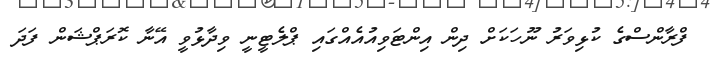
ފްރާންސްގެ ކުޅިވަރު ނޫހަކަށް ދިން އިންޓަވިއުއެއްގައި ޕްލެޓީނީ ވިދާޅުވީ އޭނާ ކޮރަޕްޝަން ފަދަ